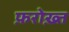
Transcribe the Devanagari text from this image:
फ़रोख़्त